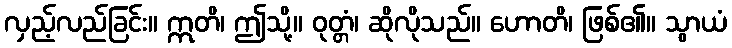
လှည့်လည်ခြင်း။ ဣတိ၊ ဤသို့။ ဝုတ္တံ၊ ဆိုလိုသည်။ ဟောတိ၊ ဖြစ်၏။ သွာယံ